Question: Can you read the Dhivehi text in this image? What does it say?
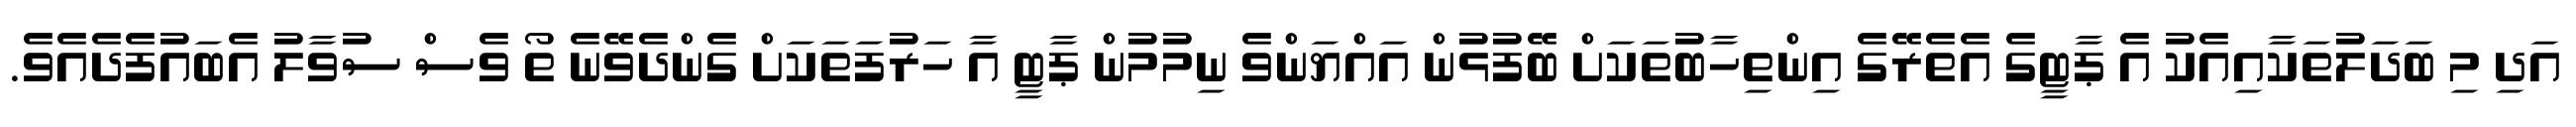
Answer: އަދި މި ބަދަލުތަކާއިއެކު އެ ޕާޓީގެ އެތެރޭގެ އިންތިހާބުތަކަށް ބޭފުޅުން އައްޔަންވެ ނިމުމުން ޕާޓީ އާ ހަރުފަތަކަށް ގެންދެވޭނެ ތޯ ވެސް ސުވާލު އެބައުފެދެއެވެ.